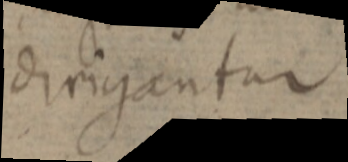
dirigantur